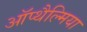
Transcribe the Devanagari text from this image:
ऑप्‍थैल्मिया